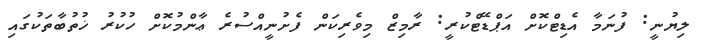
ލިޔުނީ: ފުނަމާ އެޑިޓްކޮށް އަޕްޑޭޓްކުރީ: ރާމިޒް މިވެރިކަން ފެށުނީއްސުރެ ޢާންމުކޮށް ހުކުރު ޚުތުބާތަކުގައި